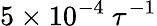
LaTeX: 5\times 10^{-4}~\tau^{-1}